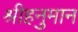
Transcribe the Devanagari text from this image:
श्रीहनुमान